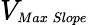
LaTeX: V_{\substack{\scriptscriptstyle Max\, Slope}}